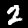
Label: 2